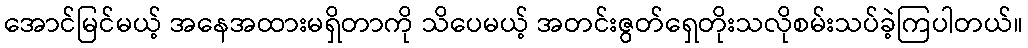
အောင်မြင်မယ့် အနေအထားမရှိတာကို သိပေမယ့် အတင်းဇွတ်ရှေတိုးသလိုစမ်းသပ်ခဲ့ကြပါတယ်။